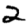
Digit: 2